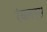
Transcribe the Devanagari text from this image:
रंबलएस